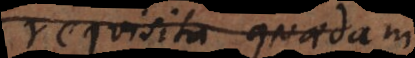
requisita. Quaenam